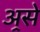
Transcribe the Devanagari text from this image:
अ्रसे